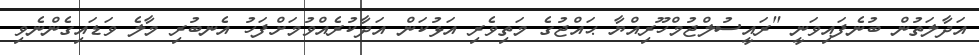
އަދާލަތުން ބުނެފައިވަނީ "ރައީސުލްޖުމްހޫރިއްޔާ ޙައްޖުގެ މަތިވެރި އަޅުކަން އަދާކުރެއްވުމަށްފަހު އެނބުރި މާލެ ވަޑައިގެންނެވި